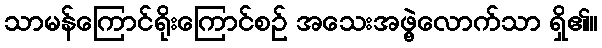
သာမန်ကြောင်ရိုးကြောင်စဉ် အသေးအဖွဲ့လောက်သာ ရှိ၏။